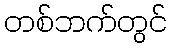
တစ်ဘက်တွင်